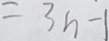
= 3 n - 1